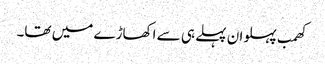
کھمب پہلوان پہلے ہی سے اکھاڑے میں تھا۔